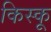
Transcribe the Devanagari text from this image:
किस्‍कू